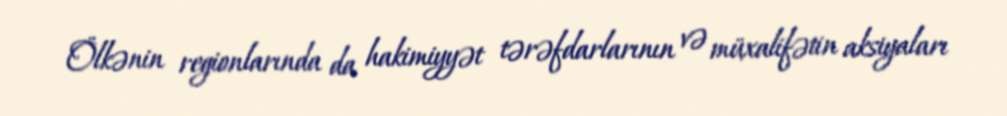
Ölkənin regionlarında da hakimiyyət tərəfdarlarının və müxalifətin aksiyaları